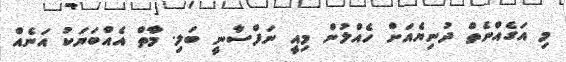
މި އަގެއްނެތް ދުނިޔެއަށް ހެއްލުން މިއީ ނަފްސާނީ ބަލި. މާތް އެއްބަޔަކު އަނެއް